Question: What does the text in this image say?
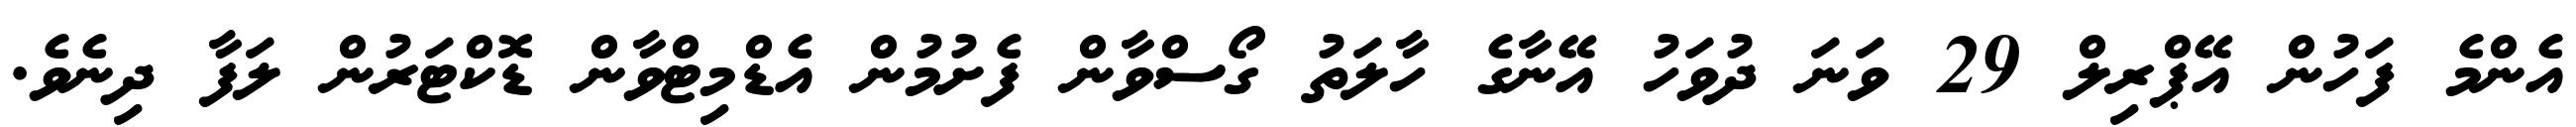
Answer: އެންމެ ފަހުން އޭޕްރިލް 29 ވަނަ ދުވަހު އޭނާގެ ހާލަތު ގޯސްވާން ފެށުމުން އެޑްމިޓްވާން ޑޮކްޓަރުން ލަފާ ދިނެވެ.